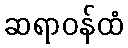
ဆရာဝန်ထံ